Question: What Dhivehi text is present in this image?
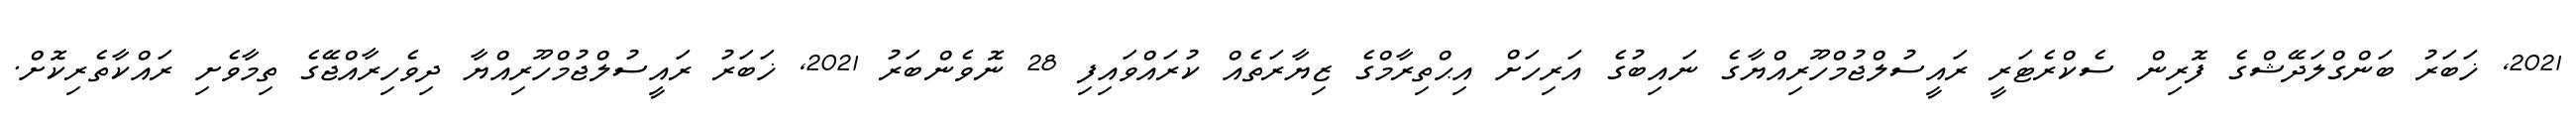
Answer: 2021, ޚަބަރު ބަންގްލަދޭޝްގެ ފޮރިން ސެކްރެޓަރީ ރައީސުލްޖުމްހޫރިއްޔާގެ ނައިބުގެ އަރިހަށް އިޙްތިރާމްގެ ޒިޔާރަތެއް ކުރައްވައިފި 28 ނޮވެންބަރު 2021, ޚަބަރު ރައީސުލްޖުމްހޫރިއްޔާ ދިވެހިރާއްޖޭގެ ތިމާވެށި ރައްކާތެރިކޮށް.